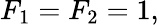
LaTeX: F_{1}=F_{2}=1,